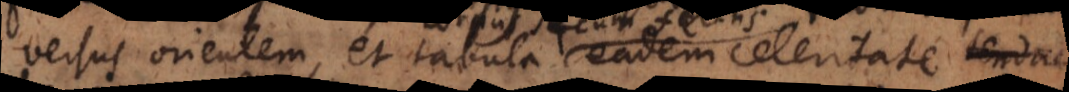
versus orientem, et tabula eadem celeritate, tenda